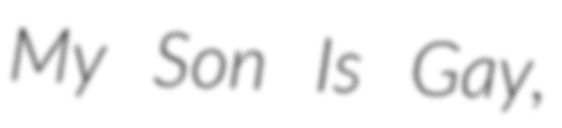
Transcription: My Son Is Gay,